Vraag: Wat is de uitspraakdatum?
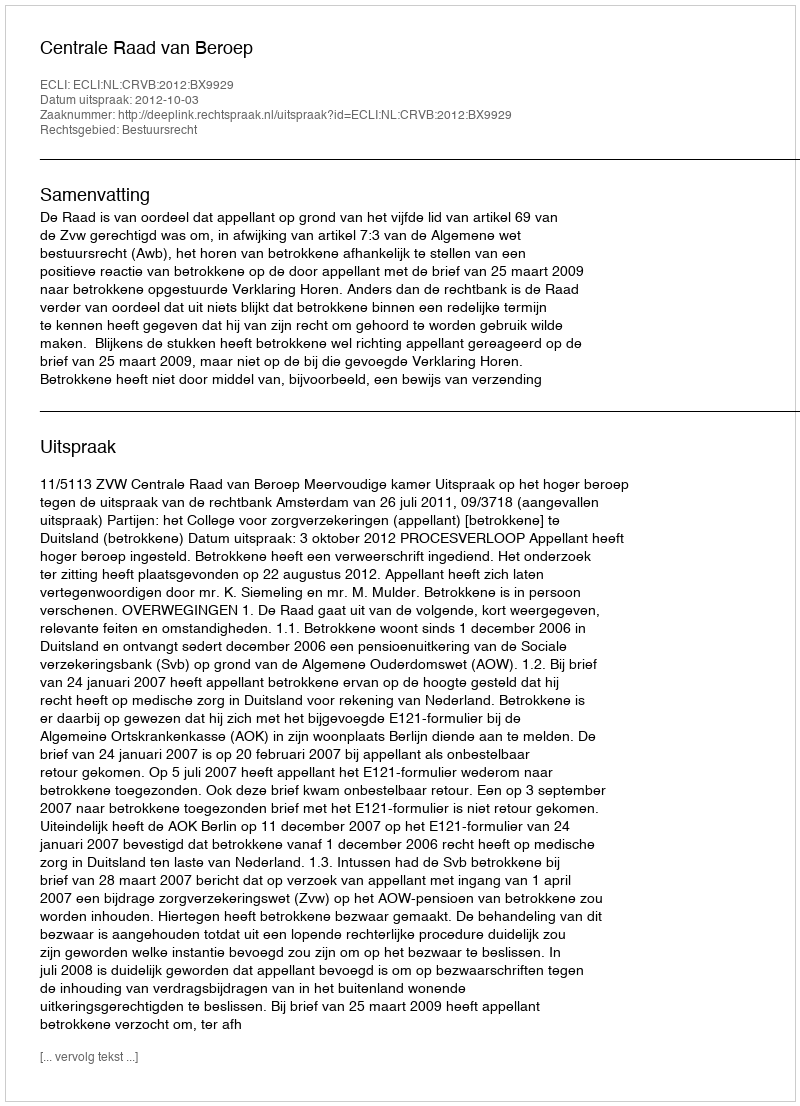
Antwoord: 2012-10-03